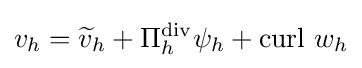
v_{h}={\widetilde {v}}_{h}+\Pi _{h}^{\operatorname {div} }\psi _{h}+\operatorname {curl} \,w_{h}